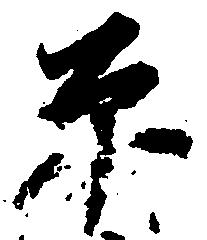
糸